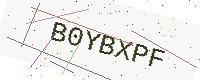
Text: B0YBXPF